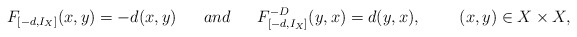
\begin{align*}F_{[-d,I_X]}(x,y)=-d(x,y)\ \ \ \ \ and\ \ \ \ \ F_{[-d,I_X]}^{-D}(y,x)=d(y,x),\ \ \ \ \ \ \ (x,y)\in X\times X,\end{align*}